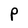
Character: P